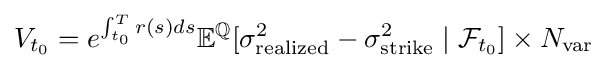
V_{t_{0}}=e^{\int _{t_{0}}^{T}r(s)ds}\mathbb {E} ^{\mathbb {Q} }[\sigma _{\text{realized}}^{2}-\sigma _{\text{strike}}^{2}\mid {\mathcal {F}}_{t_{0}}]\times N_{\text{var}}